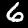
Label: 6